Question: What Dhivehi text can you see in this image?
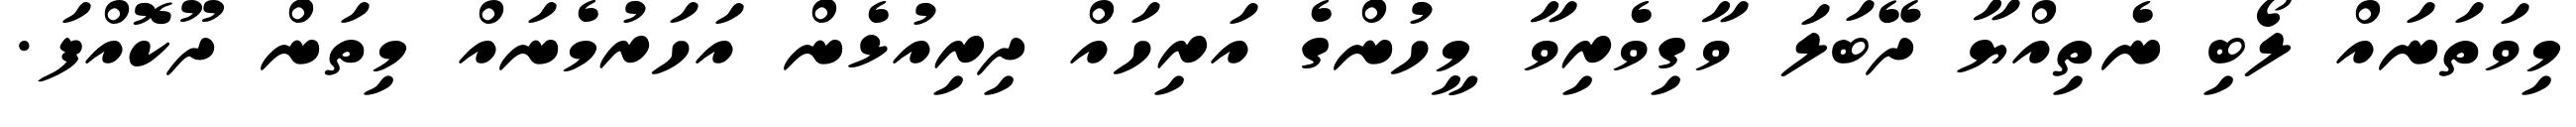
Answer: މިވަތަނައް ލޯބި ނެތިއްޔާ ދޭބަލަ ވާގިވެރިވާ މީހުންގެ އަރިހައް ދިރިއުޅެން އަހަރުމެނައް މިތަން ދޫކޮއްފަ.